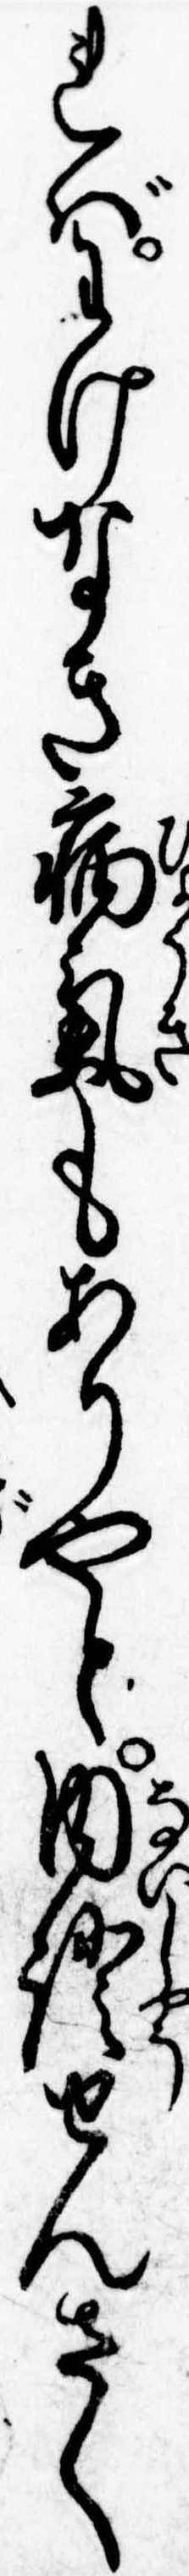
ればわけなき病気もありやと内証せんさく